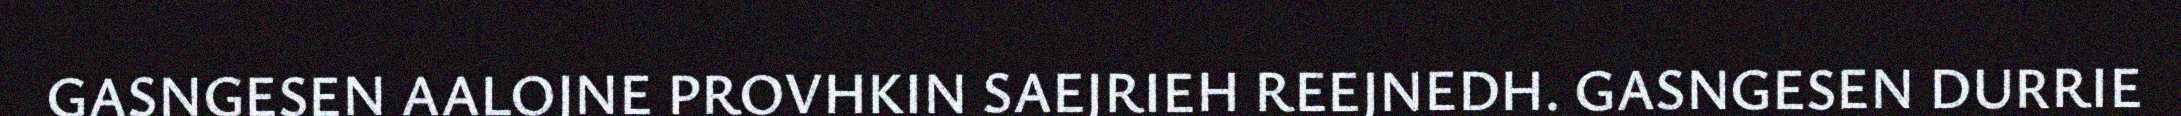
GASNGESEN AALOJNE PROVHKIN SAEJRIEH REEJNEDH. GASNGESEN DURRIE